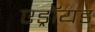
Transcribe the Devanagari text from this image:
एड्रॉयड